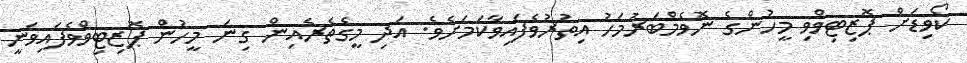
ކޯވިޑަށް ޕޮޒިޓިވްވި މީހުންގެ ނޮވެމްބަރުމަހު އިތުރުވެފައިވާކަމަށެވެ. އަދި މީގެތެރެއިން ގިނަ މީހުން ޕޮޒިޓިވްވެފައިވަނީ